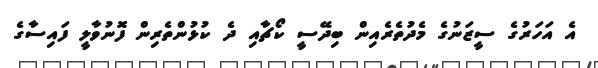
އެ އަހަރުގެ ސީޒަނުގެ މެދުތެރެއިން ބިދޭސީ ކޯޗާއި ދެ ކުޅުންތެރިން ފޮނުވާލީ ފައިސާގެ